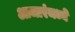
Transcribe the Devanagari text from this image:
आजारंमध्ये